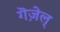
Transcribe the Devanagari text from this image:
गॆज़ेल्